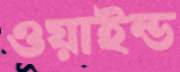
ওয়াইন্ড